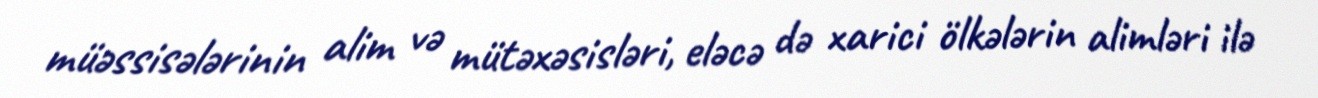
müəssisələrinin alim və mütəxəsisləri, eləcə də xarici ölkələrin alimləri ilə